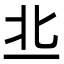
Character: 丠